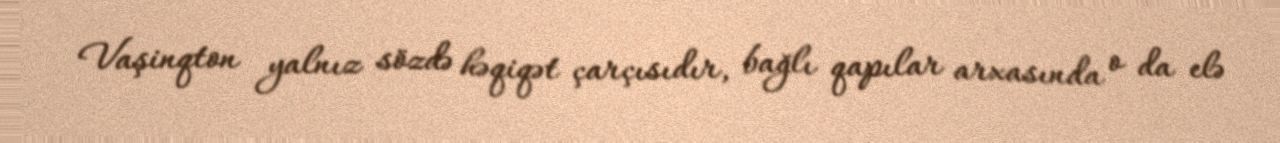
Vaşinqton yalnız sözdə həqiqət çarçısıdır, bağlı qapılar arxasında o da elə